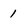
Character: 1